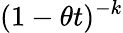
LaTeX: (1-\theta t)^{-k}